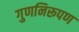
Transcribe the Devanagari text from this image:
गुणनिरूपण